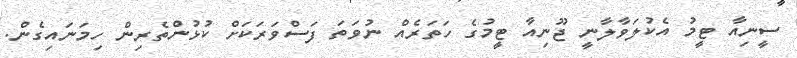
ސީނިއާ ޓީމު އެކުލަވާލާނީ ޖޫނިއާ ޓީމުގެ ހަތަރެއް ނުވަތަ ފަސްވަރަކަށް ކުޅުންތެރިން ހިމަނައިގެން.